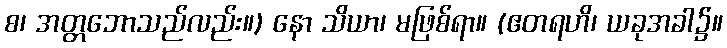
စ၊ အတ္တဘောသည်လည်း။) နော သိယာ၊ မဖြစ်ရာ။ (ဧတရဟိ၊ ယခုအခါ၌။